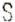
S